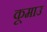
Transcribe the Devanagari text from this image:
कूमाउ